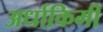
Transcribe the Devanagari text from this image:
अर्धाकिमी